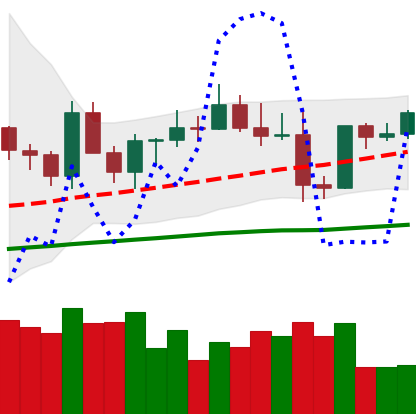
Ticker: EOS-USD
Chart end date: 2021-03-29
Forward return: 27.248%
Label: up_7plus